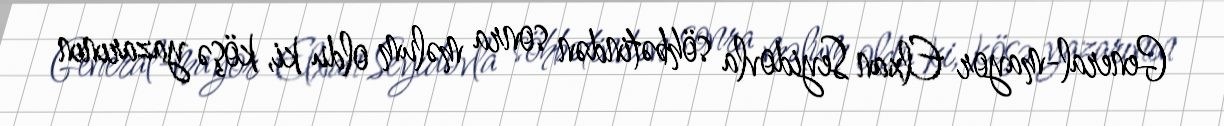
General-mayor Elxan Seyidovla söhbətindən sonra məlum oldu ki, köşə yazarının